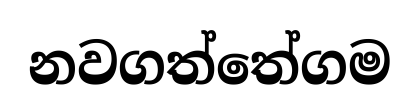
නවගත්තේගම